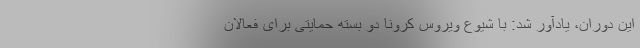
این دوران، یادآور شد: با شیوع ویروس کرونا دو بسته حمایتی برای فعالان